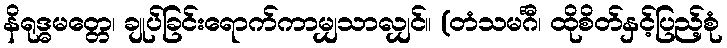
နိရုဒ္ဓမတ္တေ၊ ချုပ်ခြင်းရောက်ကာမျှသာလျှင်။ (တံသမင်္ဂီ၊ ထိုစိတ်နှင့်ပြည့်စုံ